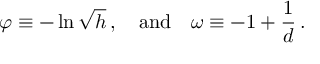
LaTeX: \varphi \equiv - \ln \sqrt { h } \, , \quad \mathrm { a n d } \quad \omega \equiv - 1 + \frac { 1 } { d } \, .